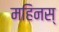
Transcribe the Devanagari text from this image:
महिनस्